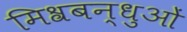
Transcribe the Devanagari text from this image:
मिश्रबन्धुओं